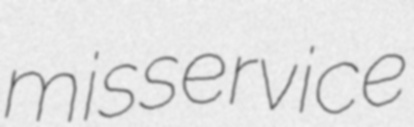
misservice